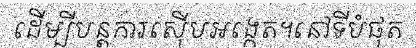
ដើម្បីបន្តការស៊ើបអង្កេត។នៅទីបំផុត